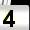
Digit: 4